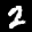
Label: 2